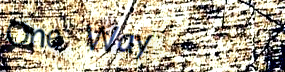
One Way